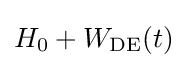
H_{0}+W_{\mathrm {DE} }(t)